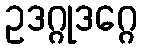
ဥဒဂ္ဂုဒဂ္ဂေ